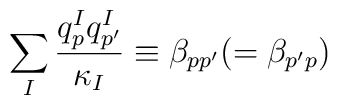
\sum_{I}\frac{q_p^Iq_{p'}^I}{\kappa_I}\equiv\beta_{pp'}(=\beta_{p'p})